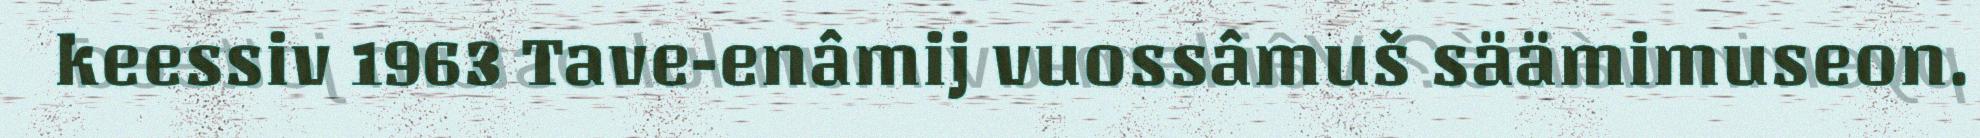
keessiv 1963 Tave-enâmij vuossâmuš säämimuseon.